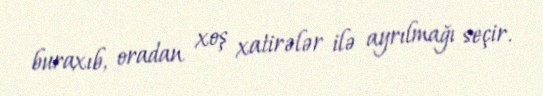
buraxıb, oradan xoş xatirələr ilə ayrılmağı seçir.